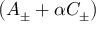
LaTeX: \left( { \cal A } _ { \pm } + \alpha { \cal C } _ { \pm } \right)